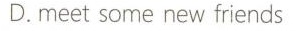
D.meet some new friends